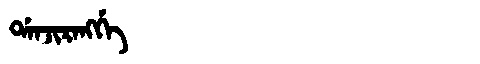
Manchu: ᡩᠠᠨᠵᡳᡵᠠᠩᡤᡝ
Romanization: DANJIRANGGE